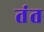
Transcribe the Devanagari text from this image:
तंत